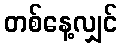
တစ်နေ့လျှင်